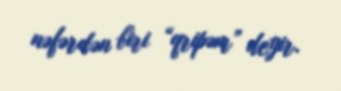
nəfərdən biri “qripəm” deyir.